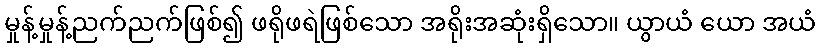
မှုန့်မှုန့်ညက်ညက်ဖြစ်၍ ဖရိုဖရဲဖြစ်သော အရိုးအဆုံးရှိသော။ ယွာယံ ယော အယံ